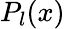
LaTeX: P_{l}(x)